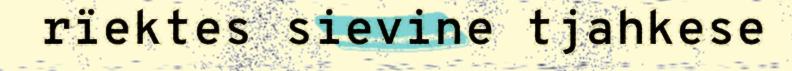
rïektes sievine tjahkese